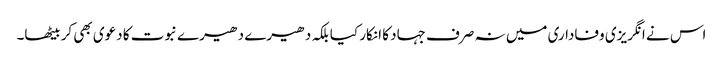
اس نے انگریزی وفاداری میں نہ صرف جہاد کا انکار کیا بلکہ دھیرے دھیرے نبوت کا دعوی بھی کر بیٹھا۔